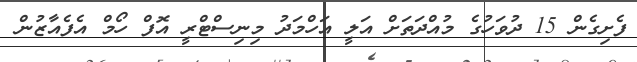
ފެށިގެން 15 ދުވަހުގެ މުއްދަތަށް އަލީ އަހްމަދު މިނިސްޓްރީ އޮފް ހޯމް އެފެއާޒުން